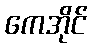
ကေအိုင်